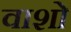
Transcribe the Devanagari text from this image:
वाशो